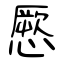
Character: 憠